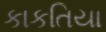
કાકતિયા